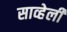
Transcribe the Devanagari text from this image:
साव्हेली